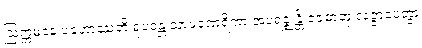
ဩက္ကမနေ ပဟောဿတိ ရူပဝန္တံ သာမဏေရိကာ အပရဇ္ဈန္တိ ဝဇဓာတု လဇ္ဇာပေတွာ